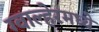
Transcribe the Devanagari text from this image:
ग्वाल्हेरमध्ये